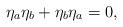
LaTeX: \begin{align*}\eta_a\eta_b+\eta_b\eta_a=0,\end{align*}